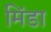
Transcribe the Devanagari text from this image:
मिंडा